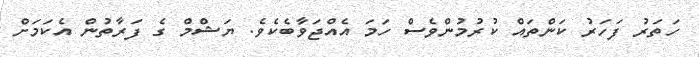
ހަތަރު ފަހަރު ކަންތައް ކުރުމުންވެސް ހަމަ އެއްޖަވާބެކެވެ. ޔަޝްމް ގެ ފަރާތުން އެކަމަށް